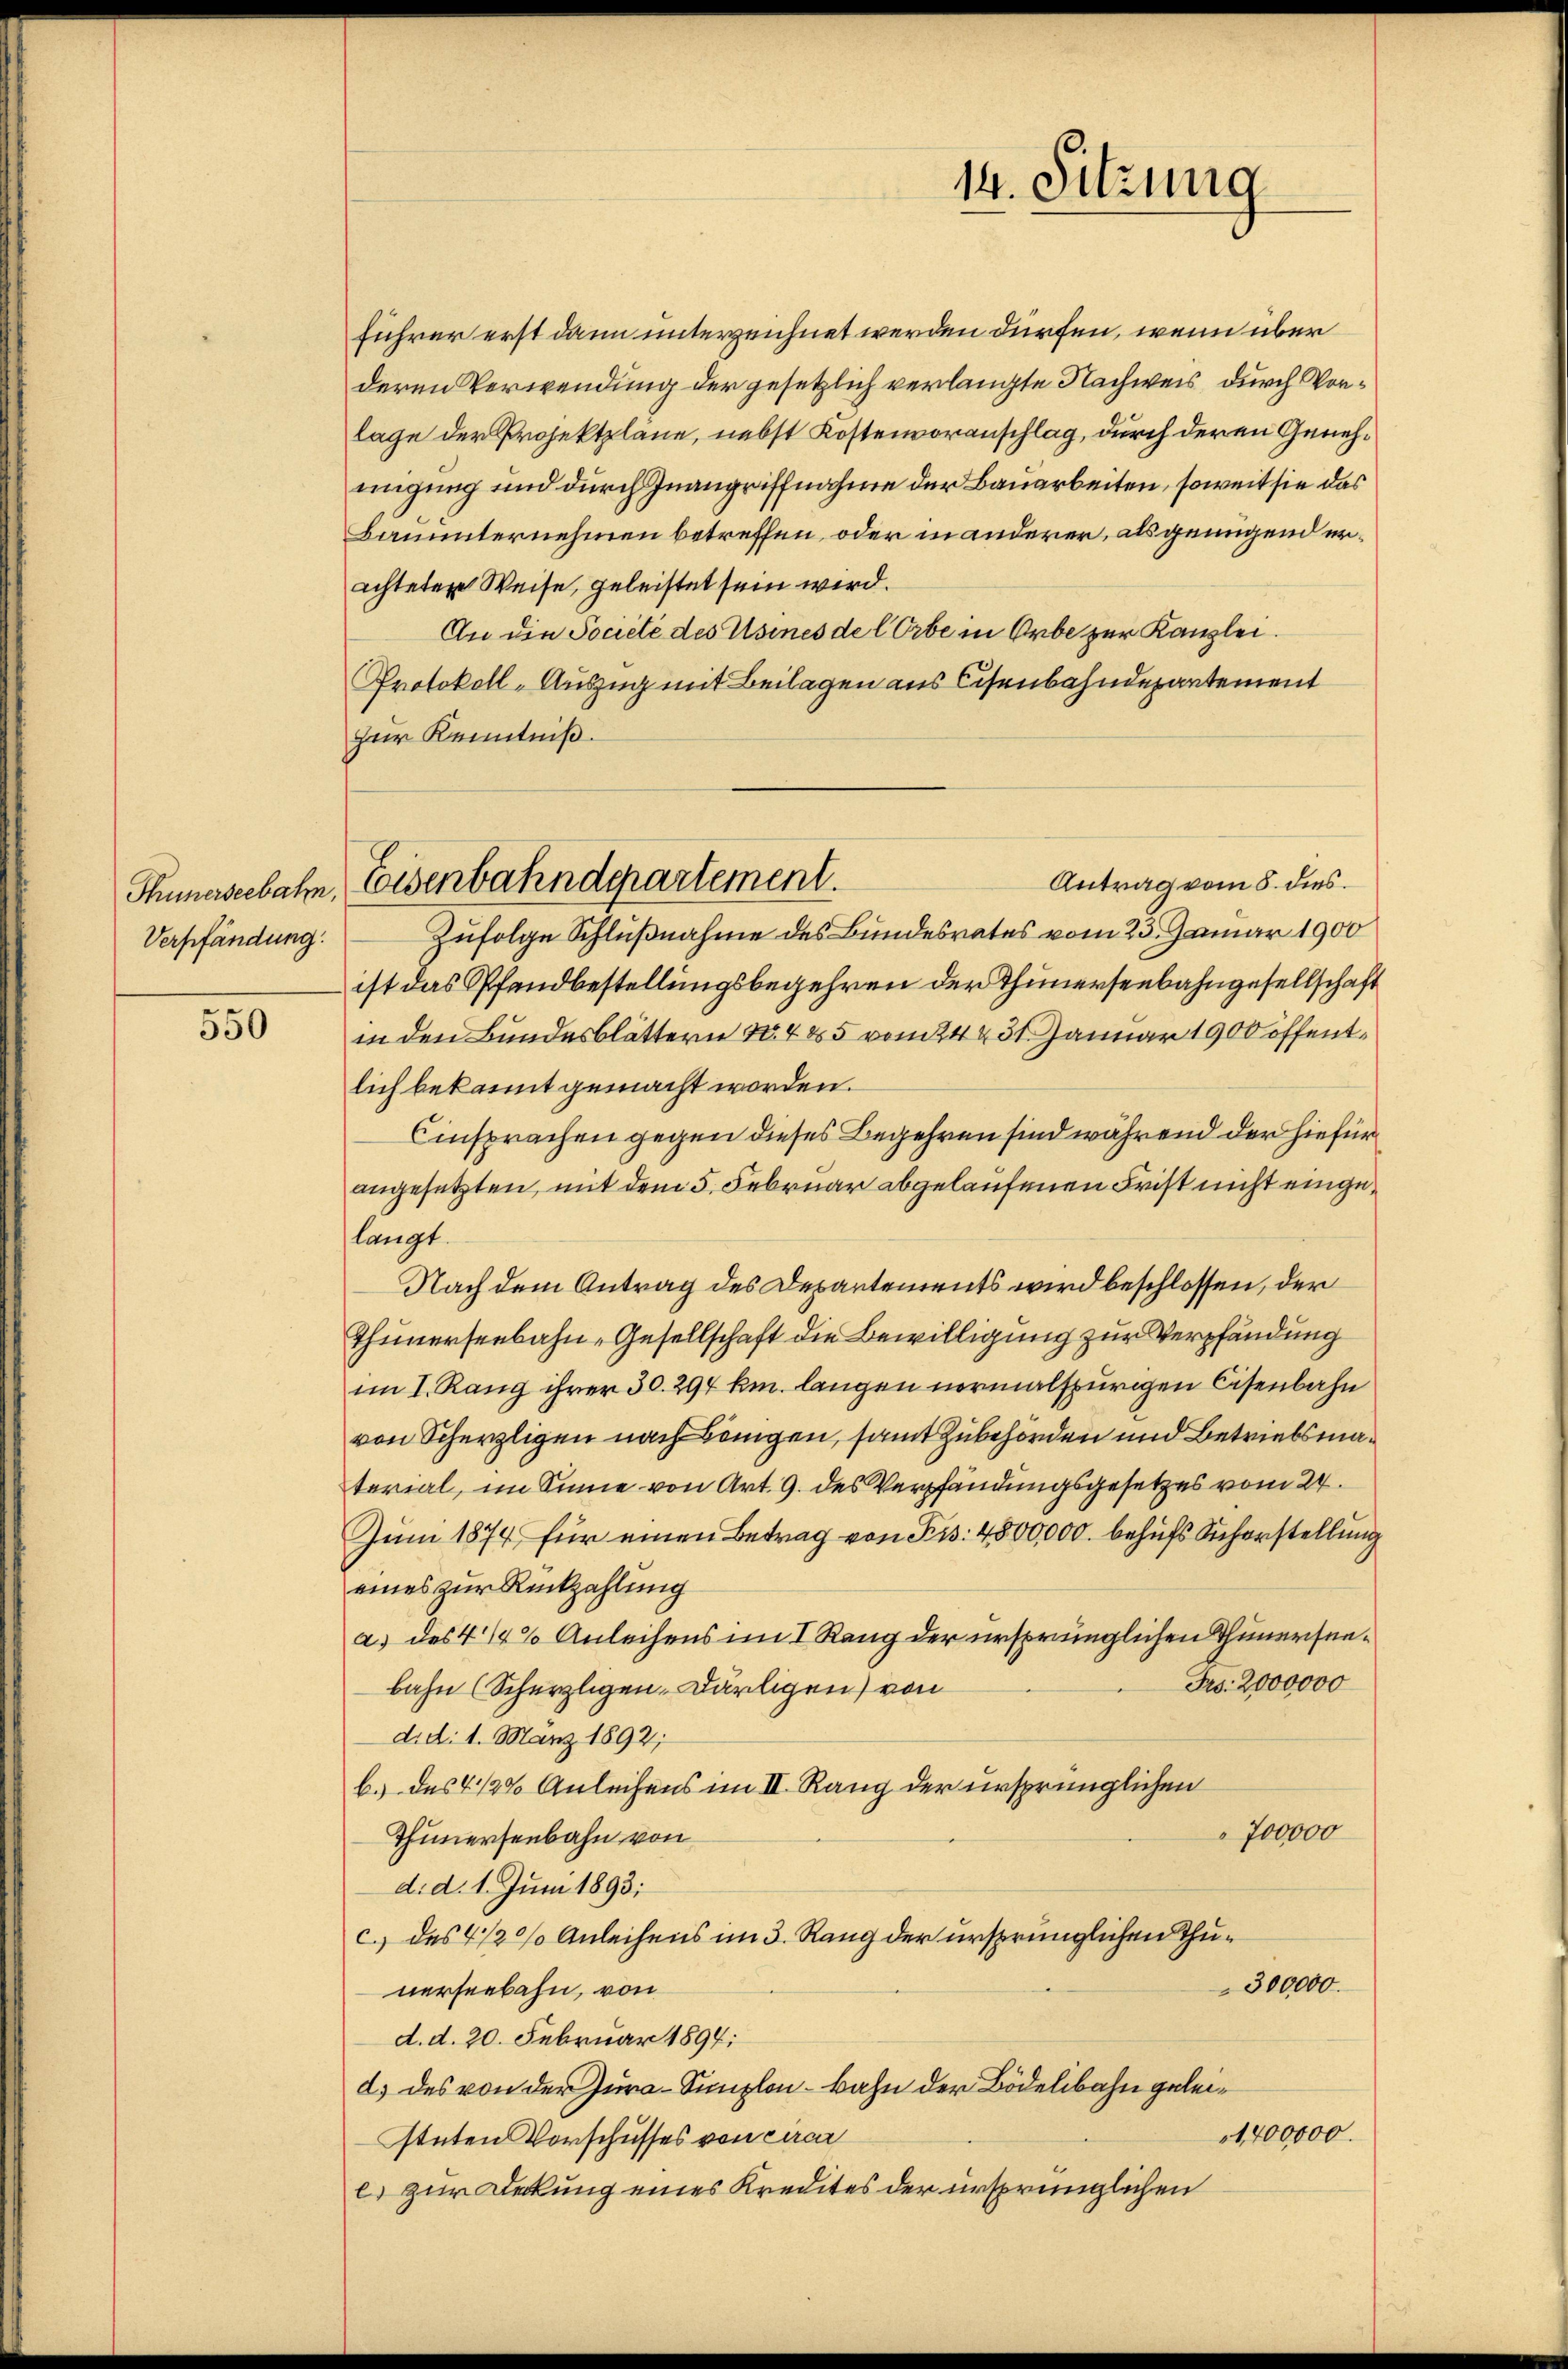
Thünerseebahn,
Verpfändung.

550

führer erst dann unterzeichnet werden dürfen, wenn über
deren Verwendung der gesetzlich verlangte Nachweis durch Vorlage der Projektpläne, nebst Kostenvoranschlag, durch deren Genehmigung und durch Inangriffnahme der Bauarbeiten, soweit sie das
Bauunternehmen betreffen, oder inanderer, als genügend erachteten Weise, geleistet sein wird.
An die Societe des Usines de l Orbe in Orbe zur Kanzlei.
Protokoll-Auszug mit Beilagen aus Cisenbahndepartement
zur Kenntniß.
Antrag vom 8. dies
Zufolge Schlußnahme des Bundesrates vom 23. Januar 1900
ist das Pfandbestellungsbegehren der Thunersenbahngesellschaft
in den Bundesblättern No. 485 vom 24 231. Januar 1900 öffentlich bekannt gemacht worden.
Einsprachen gegen dieses Begehren sind während der hiefür
angesetzten, mit dem 5. Februar abgelaufenen Frist nicht eingelangt.
Nach dem Antrag des Departements wird beschlossen, der
Thunerseebahn-Gesellschaft die Bewilligung zur Verpfändung
im I. Rang ihrer 30. 294 km. langen normalspurigen Eisenbahn
von Scherzligen nach beigen, samt Zubehörden und Betriebsmaterial, im Sinne von Art. 9. des Verpfändungsgesetzes vom 24.
Juni 1874 für einen Betrag von Pis: 4800,000. behufs Sicherstellung
eines zur Rückzahlung
a) des 4 1/4% Anleihens im I Rang der ursprünglichen Thunersen¬
Frs. 2000000
bahn (Scherzligen-Därligen) von
d.d. 1. März 1892;
b.) des 4 1/2% Anleihens im II. Rang der ursprünglichen
700000
Thunersenbahn von
d. d. 1. Juni 1893;
c.) des 4 1/2% Anleihens im 3. Rang der ursprünglichen Thu¬
300000.
nerseebahn, von
d. d. 20. Februar 1894;
d) des von der Jura-Simplon - Bahn der Bödelibahn gelei¬
1,400000.
stuten Vorschusses von circa
e) zur Deckung eines Kredites der ursprünglichen

Eisenbahndepartement.

14. Sitzung